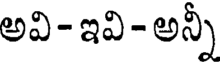
అవి- ఇవి- అన్నీ